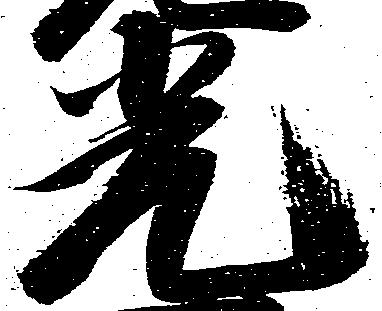
光